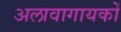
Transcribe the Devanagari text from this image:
अलावागायकों